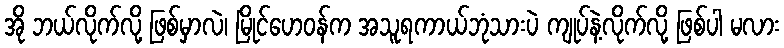
အို ဘယ်လိုက်လို့ ဖြစ်မှာလဲ၊ မြိုင်ဟေဝန်က အသူရကာယ်ဘုံသားပဲ ကျုပ်နဲ့လိုက်လို့ ဖြစ်ပါ မလား